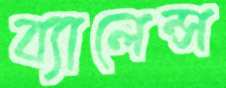
ব্যালেন্স